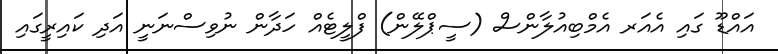
އައްޑޫ ގައި އެއަރ އެމްބިއުލާންސް (ސީޕްލޭން) ފްލީޓެއް ހަދާން ނުވިސްނަނީ އަދި ކައިރީގައި